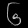
Digit: ၆